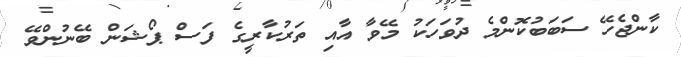
ކާންޖެހޭ ސަބަބުކޮންމެ ދުވަހަކު މޭވާ އާއި ތަރުކާރީގެ ފަސް ޕޯޝަން ބޭނުންވޭ